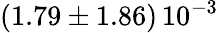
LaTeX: \left(1.79\pm 1.86\right)\, 10^{-3}